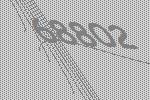
68802